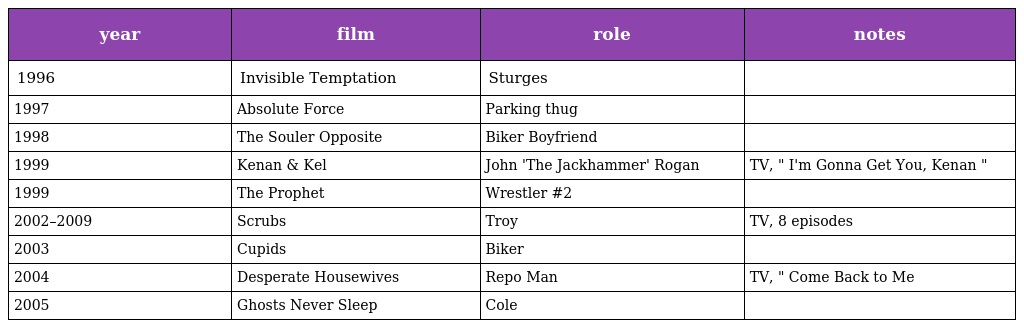
| year | film | role | notes |
 | --- | --- | --- | --- |
 | 1996 | Invisible Temptation | Sturges |  |
 | 1997 | Absolute Force | Parking thug |  |
 | 1998 | The Souler Opposite | Biker Boyfriend |  |
 | 1999 | Kenan & Kel | John 'The Jackhammer' Rogan | TV, " I'm Gonna Get You, Kenan " |
 | 1999 | The Prophet | Wrestler #2 |  |
 | 2002–2009 | Scrubs | Troy | TV, 8 episodes |
 | 2003 | Cupids | Biker |  |
 | 2004 | Desperate Housewives | Repo Man | TV, " Come Back to Me |
 | 2005 | Ghosts Never Sleep | Cole |  |